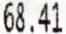
68.41